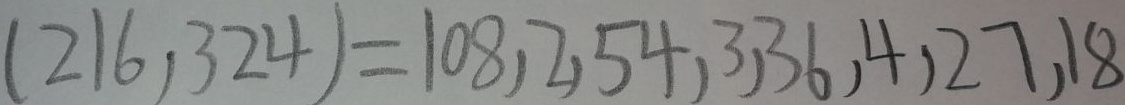
( 2 1 6 , 3 2 4 ) = 1 0 8 , 2 , 5 4 , 3 , 3 6 , 4 , 2 7 , 1 8